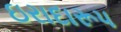
ઇરાદારૂપ